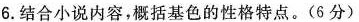
6.结合小说内容,概括基色的性格特点。(6分)